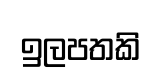
ඉලපතකි